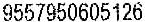
9557950605126